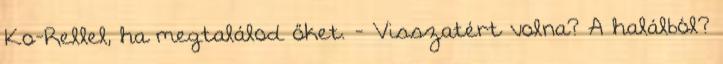
Ko-Rellel, ha megtalálod őket. - Visszatért volna? A halálból?